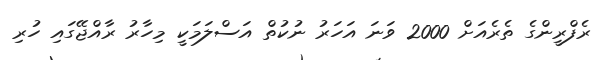
ރެފްރީންގެ ތެރެއަށް 2000 ވަނަ އަހަރު ނުކުތް އަސްލަމަކީ މިހާރު ރާއްޖޭގައި ހުރި